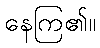
နေကြ၏။